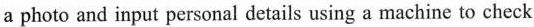
a photo and input personal details using a machine to check